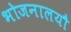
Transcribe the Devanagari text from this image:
भोजनालयौ